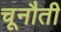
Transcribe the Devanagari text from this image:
चूनौती